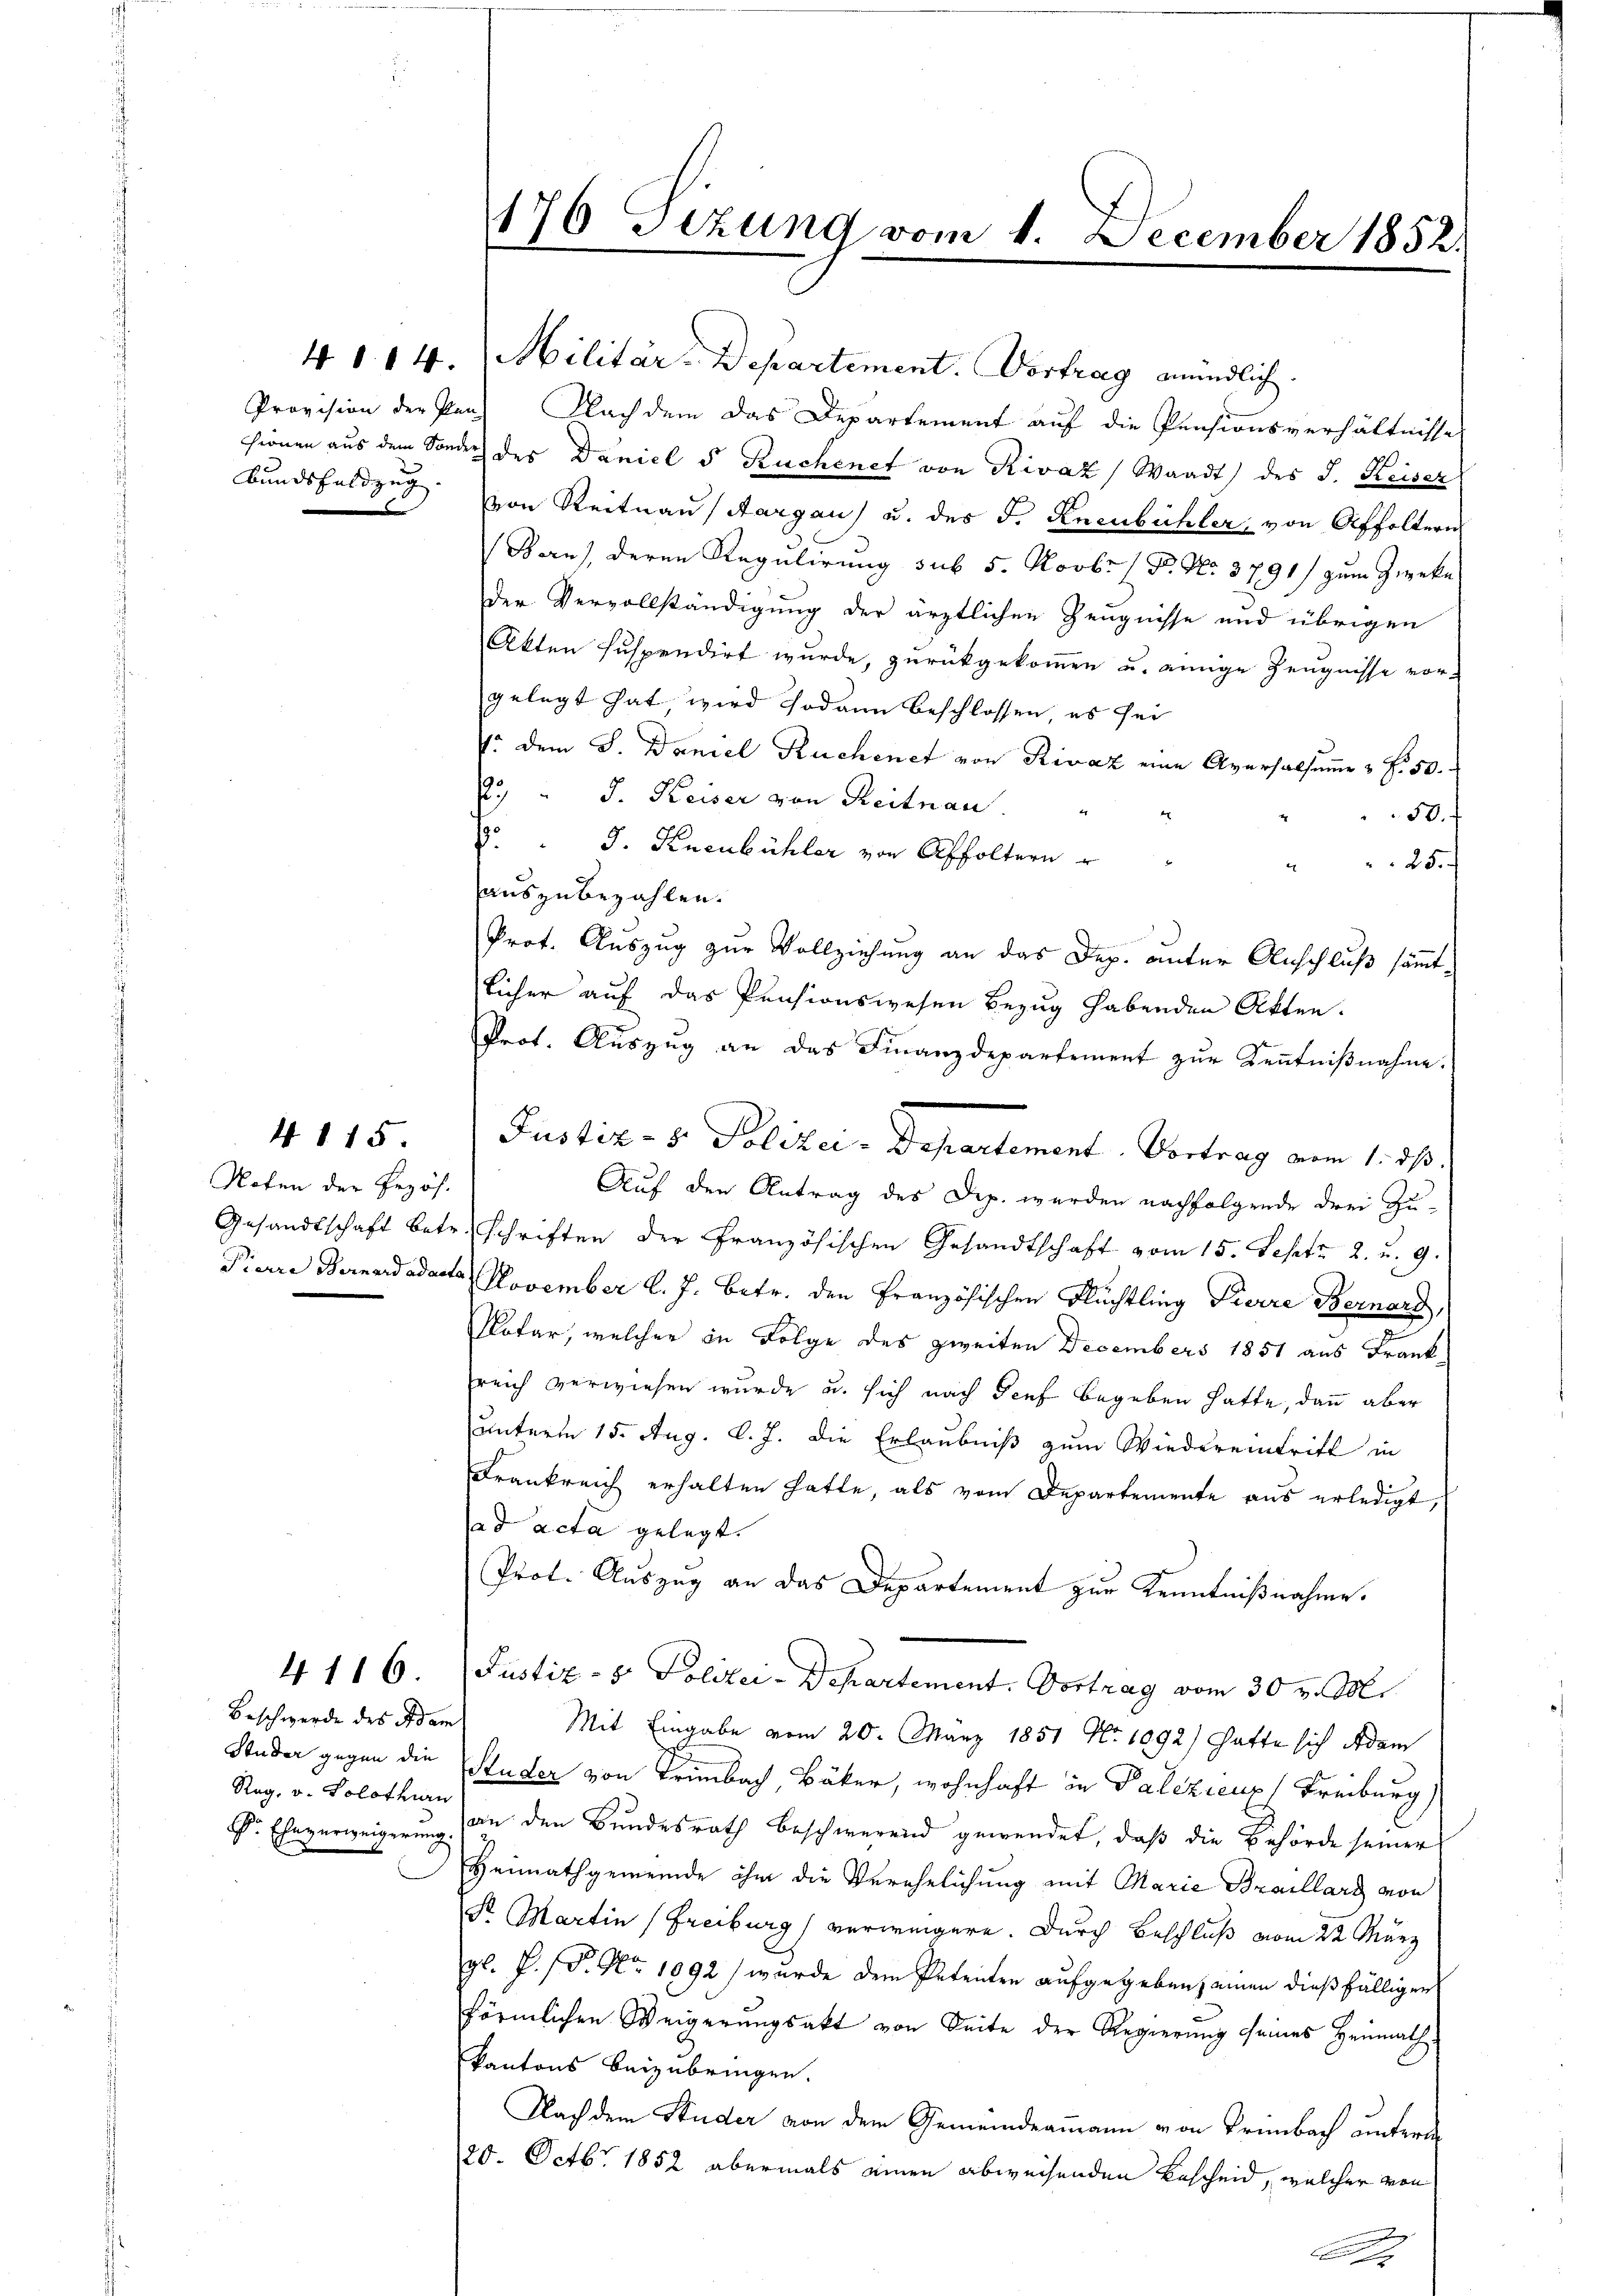
Bundsfeldzug

4. 115.

Noten der Bezöh.

Beschwerde des Adam
Studer gegen die
Rag, u. Solothurn

4116

176 Sizung vom 1. December 1852.

4114. Militär-Departement. Vortrag mündlich.
Provision der Pen Nachdem das Departement auf die Pensionsverhältnisse
hienen aus dem Sonder des Daniel d Ruchenet von Rivaz) Waadt) des J. Keiser
von Reitaus Aargau u. des F. Kneubüchler, von Affoltern
Ban), deren Regulirung sub 5. Novbr. P. Nr. 3791) zum Zwecke
der Vervollständigung der ärztlichen Zeugnisse und übrigen
Akten suspendirt wurde, zurückgekommen u. einige Zeugnisse vorgelegt hat, wird sodann beschlossen, es sei
: dem S. Daniel Ruchenet von Rivaz eine Aversalsumme & Fr. 50.
2. " J. Keiser von Reitnau.
50. f
 J. Kneubühler von Affoltern
25.
d
auszubezahlen.
Prot. Auszug zur Vollziehung an das Dep. unter Anschluß sämmt-
licher auf das Pensionswesen Bezug habenden Akten.
Prot. Aŭszŭg an das Finanzdepartement zŭr Kenntniβnahme.
Justiz- & Polizei-Departement. Vortrag vom 1. ds.
Auf den Antrag des Dip. werden nachfolgende drei Zu-
Gesandtschaft betr. Schriften der Französischen Gesandtschaft vom 15. Septe 2. u. 9.
Pierre Bernardadasta November l. J. betr. den Französischen Flüchtling Pierre Bernard,
Notar, welcher in Folge des zweiten Decembers 1851 aus Frank
reich verwiesen wurde u. sich nach Teuf begeben hatte, dann aber
unterm 15. Aug. l. J. die Erlaubniß zum Wiedereintritt in
Frankreich erhalten hatte, als vom Departemente aus erledigt,
ad acta gelegt.
Prot. Auszug an das Departement zur Kenntnißnahme.
Justiz- & Polizei-Departement. Vortrag vom 30 v. M.
Mit Eingabe vom 20. März 1851 No 1092) hatte sich Adam
Ruder von Trimbach, Bäker, wohnhaft in Palezicus Freiburg,
Sr. Eheverweigerung an den Bundesrath beschwerend gewendet, daß die Behörde seiner
Heimathgemeinde ihm die Verehelichung mit Marie Braillard von
Sr Martin (Freiburg verweigere. Durch Beschluß vom 22. März
gl. P.P. Nr. 1092) wurde dem Petenten aufgegeben einen dießfälligen
förmlichen Weigerungsakt von Seite der Regierung seines Heimath
kantons beizubringen.
Nach dem Studer von dem Gemeindeammann von Trimbach unterde
20. Octbr. 1852 abermals einen abweisenden Bescheid, welcher von